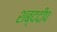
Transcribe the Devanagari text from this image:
शब्ददीप